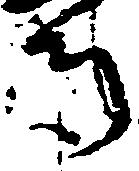
寺